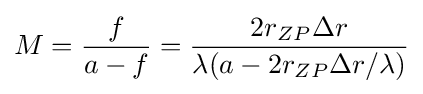
M={\frac {f}{a-f}}={\frac {2r_{ZP}\Delta r}{\lambda (a-2r_{ZP}\Delta r/\lambda )}}